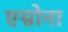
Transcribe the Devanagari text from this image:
एग्नोना